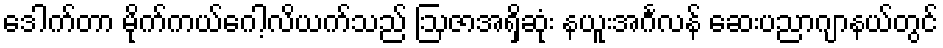
ဒေါက်တာ မိုက်ကယ်ဂေါ့လိယက်သည် ဩဇာအရှိဆုံး နယူးအင်္ဂလန် ဆေးပညာဂျာနယ်တွင်